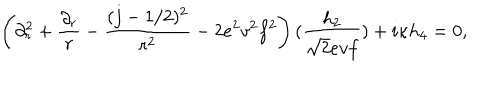
\left( \partial _ { r } ^ { 2 } + { \frac { \partial _ { r } } { r } } - { \frac { ( j - 1 / 2 ) ^ { 2 } } { r ^ { 2 } } } - 2 e ^ { 2 } v ^ { 2 } f ^ { 2 } \right) ( { \frac { h _ { 2 } } { \sqrt { 2 } e v f } } ) + i \kappa h _ { 4 } = 0 ,